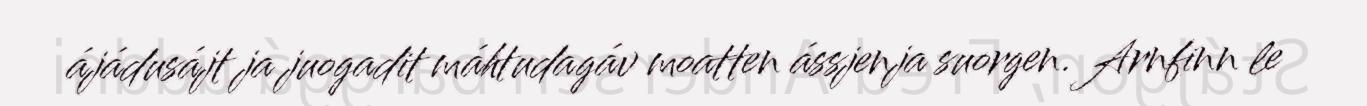
ájádusájt ja juogadit máhtudagáv moatten ássjenja suorgen. Arnfinn le